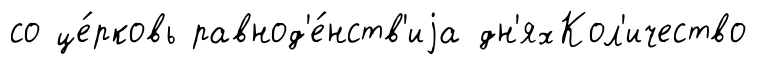
со це́рковь равнод'е́нств'иjа дн'яхКол'ичество